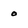
Character: o